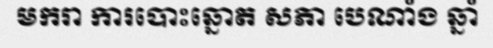
មករា ការបោះឆ្នោត សភា បេណាំង ឆ្នាំ